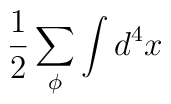
\frac{1}{2}\sum _{\phi }\int d^{4}x\protect